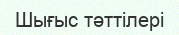
Шығыс тәттілері